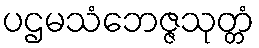
ပဌမသံဘေဇ္ဇသုတ္တံ